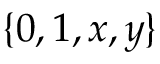
\{ 0 , 1 , x , y \}